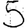
Digit: 5